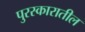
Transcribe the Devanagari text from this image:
पुरस्कारातील